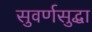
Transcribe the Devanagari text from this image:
सुवर्णसुद्धा